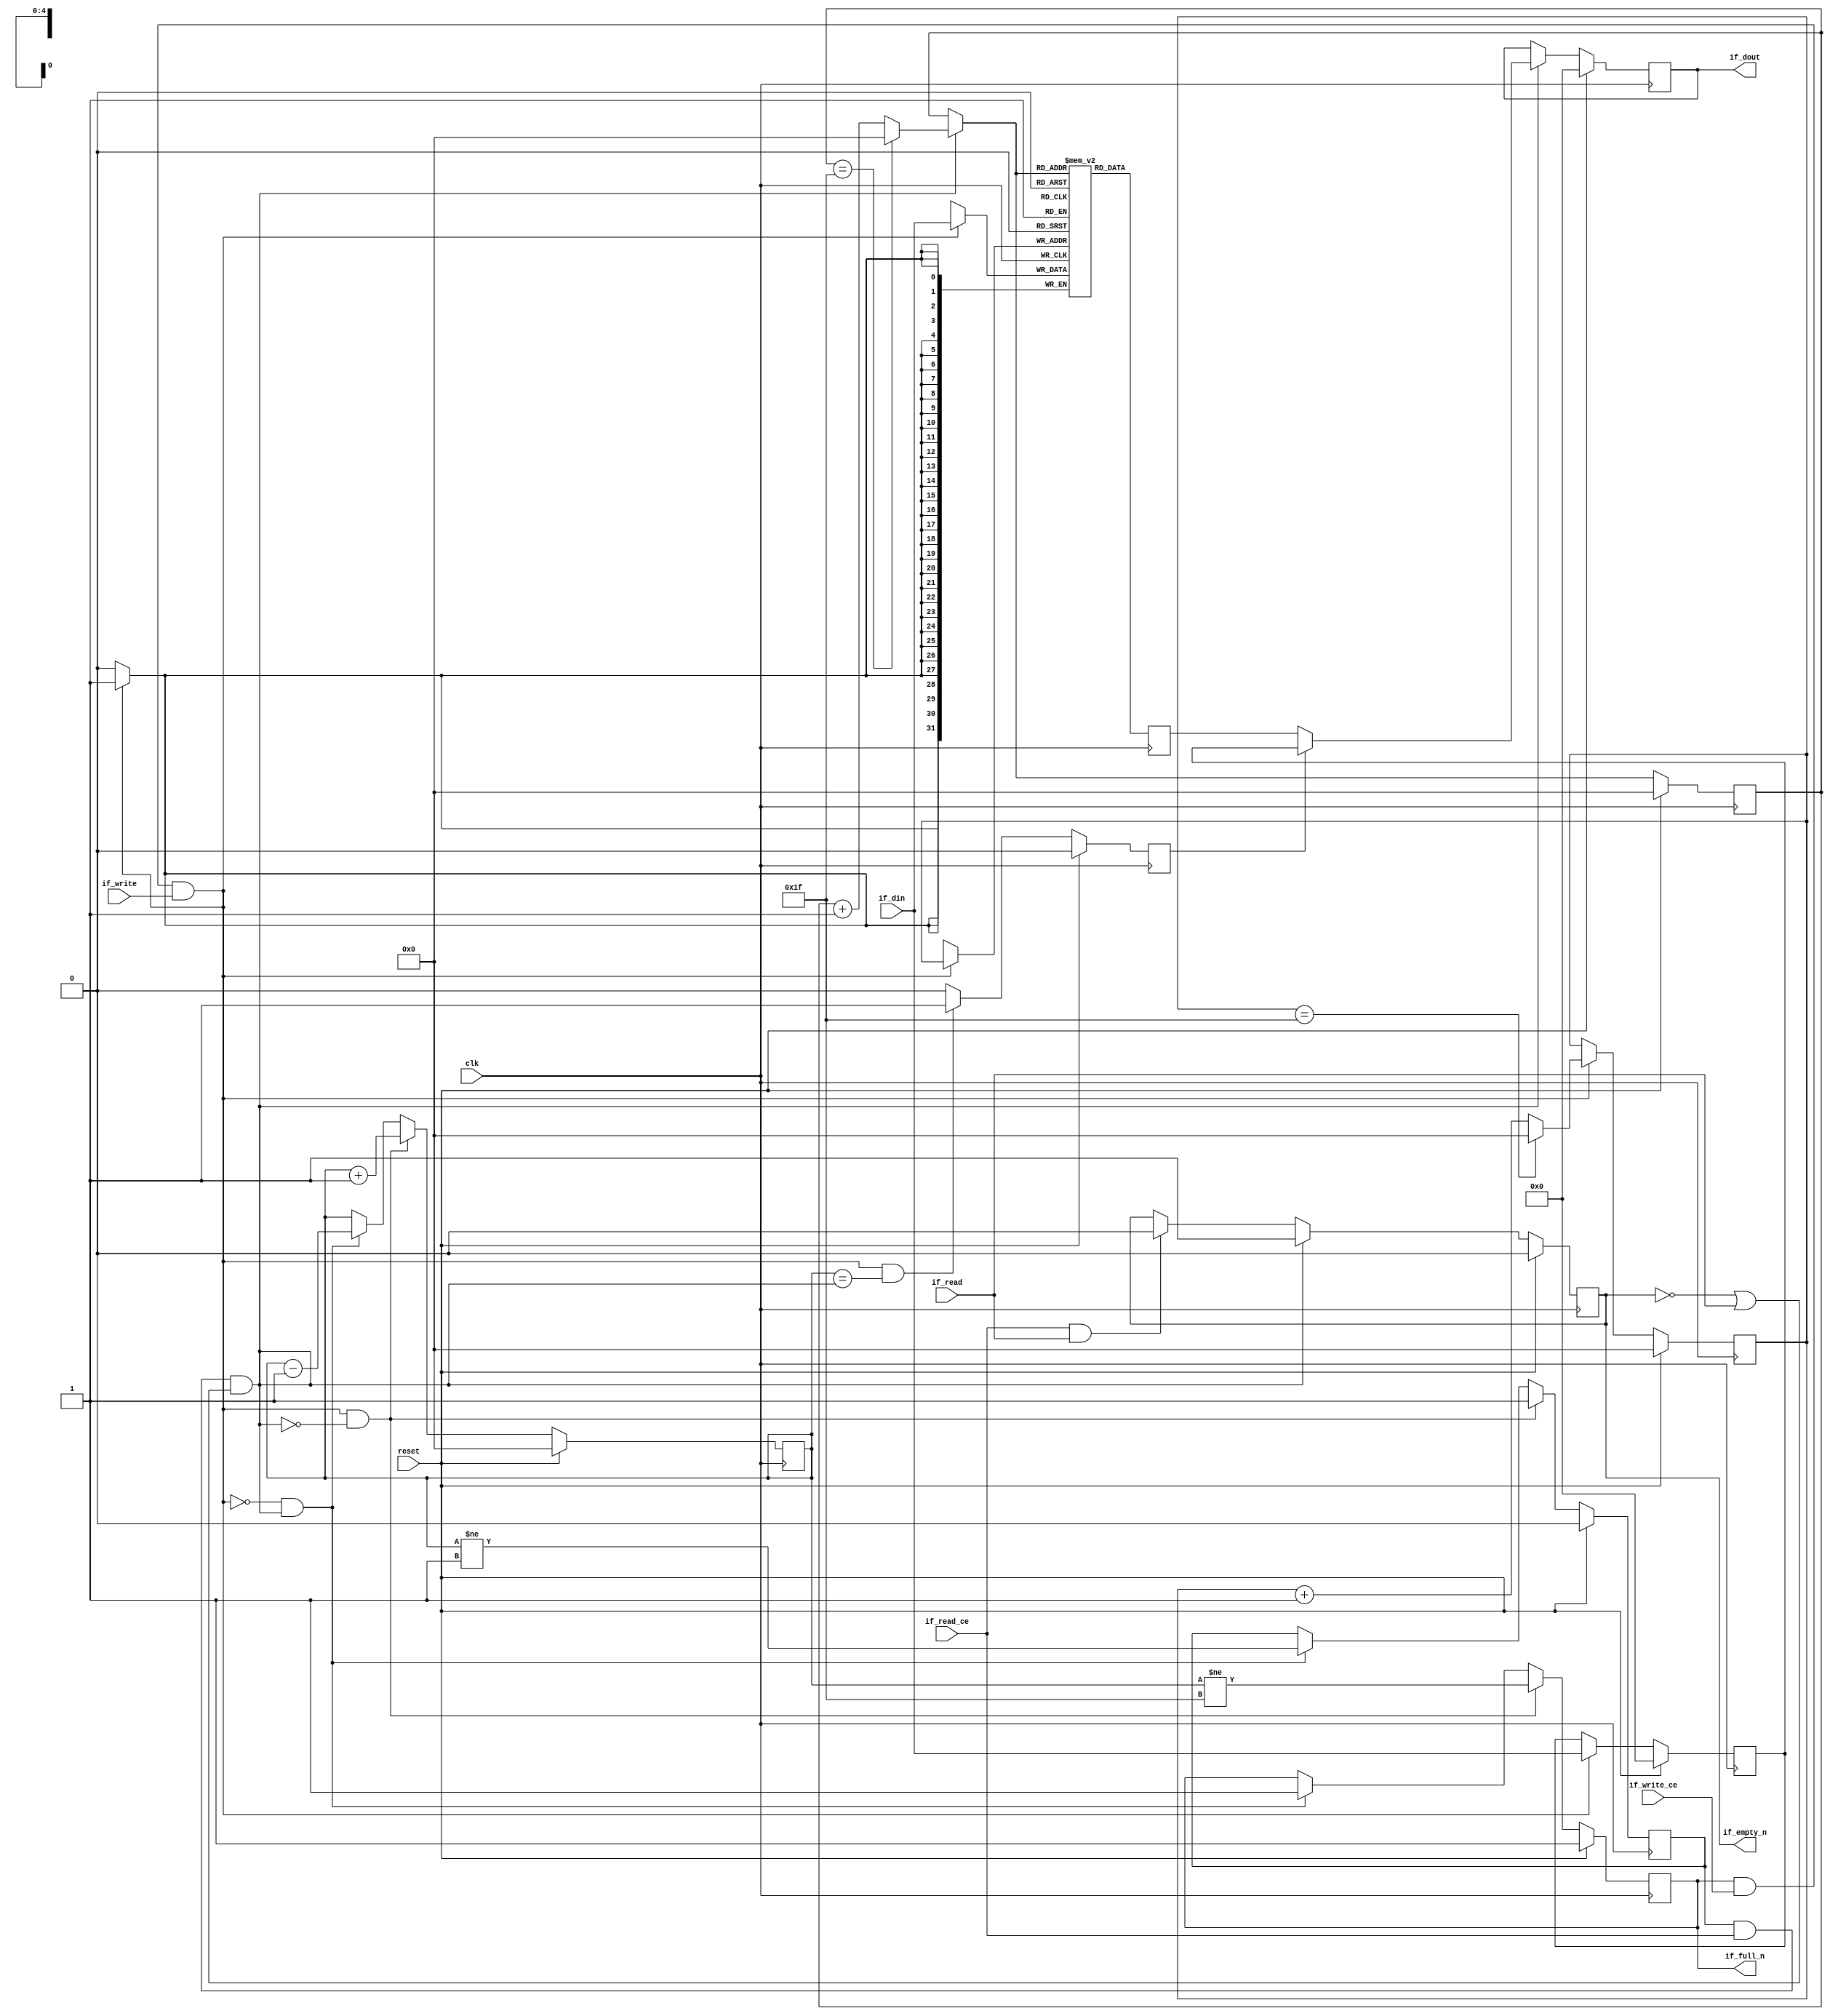
// ==============================================================
// File generated by Vivado(TM) HLS - High-Level Synthesis from C, C++ and SystemC
// Version: 2015.3
// Copyright (C) 2015 Xilinx Inc. All rights reserved.
// 
// ==============================================================


`timescale 1ns/1ps

module FIFO_Xilinx
#(parameter
    MEM_STYLE  = "block",
    DATA_WIDTH = 32,
    ADDR_WIDTH = 5,
    DEPTH      = 32
)
(
    // system signal
    input  wire                  clk,
    input  wire                  reset,

    // write
    output wire                  if_full_n,
    input  wire                  if_write_ce,
    input  wire                  if_write,
    input  wire [DATA_WIDTH-1:0] if_din,

    // read
    output wire                  if_empty_n,
    input  wire                  if_read_ce,
    input  wire                  if_read,
    output wire [DATA_WIDTH-1:0] if_dout
);
//------------------------Parameter----------------------

//------------------------Local signal-------------------
(* ram_style = MEM_STYLE *)
reg  [DATA_WIDTH-1:0] mem[0:DEPTH-1];
reg  [DATA_WIDTH-1:0] q_buf = 1'b0;
reg  [ADDR_WIDTH-1:0] waddr = 1'b0;
reg  [ADDR_WIDTH-1:0] raddr = 1'b0;
wire [ADDR_WIDTH-1:0] wnext;
wire [ADDR_WIDTH-1:0] rnext;
wire                  push;
wire                  pop;
reg  [ADDR_WIDTH-1:0] usedw = 1'b0;
reg                   full_n = 1'b1;
reg                   empty_n = 1'b0;
reg  [DATA_WIDTH-1:0] q_tmp = 1'b0;
reg                   show_ahead = 1'b0;
reg  [DATA_WIDTH-1:0] dout_buf = 1'b0;
reg                   dout_valid = 1'b0;


//------------------------Instantiation------------------

//------------------------Task and function--------------

//------------------------Body---------------------------
assign if_full_n  = full_n;
assign if_empty_n = dout_valid;
assign if_dout    = dout_buf;
assign push       = full_n & if_write_ce & if_write;
assign pop        = empty_n & if_read_ce & (~dout_valid | if_read);
assign wnext      = !push                ? waddr :
                    (waddr == DEPTH - 1) ? 1'b0  :
                    waddr + 1'b1;
assign rnext      = !pop                 ? raddr :
                    (raddr == DEPTH - 1) ? 1'b0  :
                    raddr + 1'b1;

// waddr
always @(posedge clk) begin
    if (reset == 1'b1)
        waddr <= 1'b0;
    else
        waddr <= wnext;
end

// raddr
always @(posedge clk) begin
    if (reset == 1'b1)
        raddr <= 1'b0;
    else
        raddr <= rnext;
end

// usedw
always @(posedge clk) begin
    if (reset == 1'b1)
        usedw <= 1'b0;
    else if (push & ~pop)
        usedw <= usedw + 1'b1;
    else if (~push & pop)
        usedw <= usedw - 1'b1;
end

// full_n
always @(posedge clk) begin
    if (reset == 1'b1)
        full_n <= 1'b1;
    else if (push & ~pop)
        full_n <= (usedw != DEPTH - 1);
    else if (~push & pop)
        full_n <= 1'b1;
end

// empty_n
always @(posedge clk) begin
    if (reset == 1'b1)
        empty_n <= 1'b0;
    else if (push & ~pop)
        empty_n <= 1'b1;
    else if (~push & pop)
        empty_n <= (usedw != 1'b1);
end

// mem
always @(posedge clk) begin
    if (push)
        mem[waddr] <= if_din;
end

// q_buf
always @(posedge clk) begin
    q_buf <= mem[rnext];
end

//DEBUG
always @(posedge clk) begin
  $display("FIFO time %t, write=%d, wdata=%d, wpos=%d, read=%d, rdata=%d, rpos=%d, full_n=%d, empty_n=%d", $time, if_write, if_din, waddr, if_read, if_dout, rnext, full_n, empty_n);
end

// q_tmp
always @(posedge clk) begin
    if (reset == 1'b1)
        q_tmp <= 1'b0;
    else if (push)
        q_tmp <= if_din;
end

// show_ahead
always @(posedge clk) begin
    if (reset == 1'b1)
        show_ahead <= 1'b0;
    else if (push && usedw == pop)
        show_ahead <= 1'b1;
    else
        show_ahead <= 1'b0;
end

// dout_buf
always @(posedge clk) begin
    if (reset == 1'b1)
        dout_buf <= 1'b0;
    else if (pop)
        dout_buf <= show_ahead? q_tmp : q_buf;
end

// dout_valid
always @(posedge clk) begin
    if (reset == 1'b1)
        dout_valid <= 1'b0;
    else if (pop)
        dout_valid <= 1'b1;
    else if (if_read_ce & if_read)
        dout_valid <= 1'b0;
end

endmodule